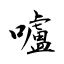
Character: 嚧